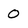
Character: 0